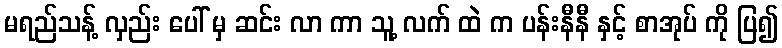
မရည်သန့် လှည်း ပေါ် မှ ဆင်း လာ ကာ သူ့ လက် ထဲ က ပန်းနီနီ နှင့် စာအုပ် ကို ပြ၍